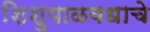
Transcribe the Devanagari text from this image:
शिशुपाळवधाचे